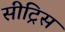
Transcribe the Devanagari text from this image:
सीट्रिस